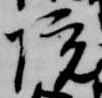
院